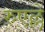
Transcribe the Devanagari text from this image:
रुएल्ले